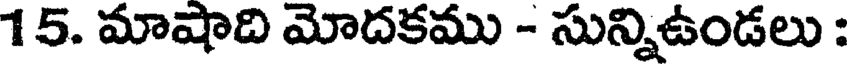
15. మాషాది మోదకము - సున్నిఉండలు :